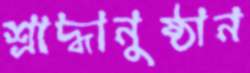
শ্রাদ্ধানুষ্ঠান